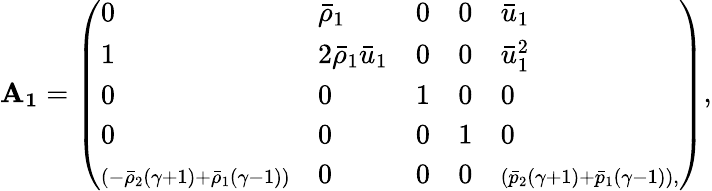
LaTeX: \mathbf{A_{1}}=\left(\begin{array}{lllll}{0}&{\bar{\rho}_{1}}&{0}&{0}&{\bar{u}_{1}}\\ {1}&{2\bar{\rho}_{1}\bar{u}_{1}}&{0}&{0}&{\bar{u}_{1}^{2}}\\ {0}&{0}&{1}&{0}&{0}\\ {0}&{0}&{0}&{1}&{0}\\ {\scriptstyle\left(-\bar{\rho}_{2}(\gamma+1)+\bar{\rho}_{1}(\gamma-1)\right)}&{0}&{0}&{0}&{\scriptstyle\left(\bar{p}_{2}(\gamma+1)+\bar{p}_{1}(\gamma-1)\right),}\end{array}\right),